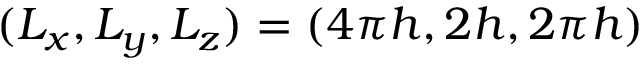
( L _ { x } , L _ { y } , L _ { z } ) = ( 4 \pi h , 2 h , 2 \pi h )